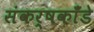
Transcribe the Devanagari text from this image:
संकर्षकाँडे